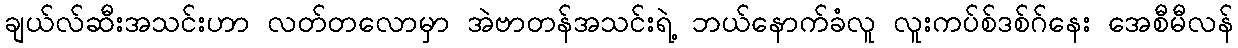
ချယ်လ်ဆီးအသင်းဟာ လတ်တလောမှာ အဲဗာတန်အသင်းရဲ့ ဘယ်နောက်ခံလူ လူးကပ်စ်ဒစ်ဂ်နေး အေစီမီလန်